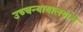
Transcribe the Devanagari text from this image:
उच्चन्यायालयांचे